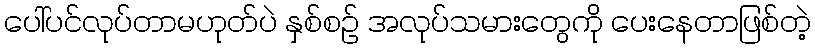
ပေါ်ပင်လုပ်တာမဟုတ်ပဲ နှစ်စဉ် အလုပ်သမားတွေကို ပေးနေတာဖြစ်တဲ့